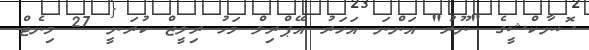
ސޮނާކްޝީގެ "ނޫރު" އަންނަ އަހަރު އޭޕްރިލް މަހު ރިލީޒް ކުރަނީ 27 މިނެޓް